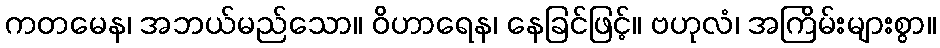
ကတမေန၊ အဘယ်မည်သော။ ဝိဟာရေန၊ နေခြင်ဖြင့်။ ဗဟုလံ၊ အကြိမ်းများစွာ။